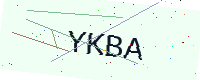
Text: YKBA